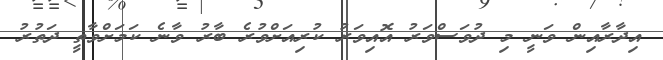
އިދާރާއިން ވަނީ މި ދުވަސްވަރު އޮއިވަރު ކުރިއަށްވުރެ ބާރު ވާނެ ކަމަށްވާތީ ދަތުރު